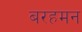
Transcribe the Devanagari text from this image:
बरहमन